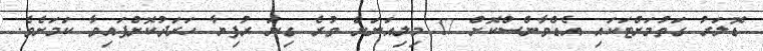
ޑޮލަރު ގަތުމަށްޓަކައި އެޑްވާންސްކޮށް 17 މިލިއަނަށް ވުރެ ގިނަ ރުފިޔާ ހަރަދުކޮށްފައިވާ ކަމަށެވެ.